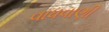
વાધવાણી